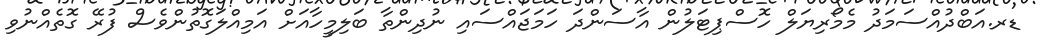
ޑރ.އަބްދުއްސަމަދު މެމޯރިޔަލް ހޮސްޕިޓަލުުން އާސަންދަ ހަމަޖައްސައި ނުދިންތާ ބަލިމީހާއަށް އަމިއްލަގޮތުންވެސް ފުރޭ ގޮތެއްނުވި